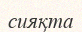
сияқта